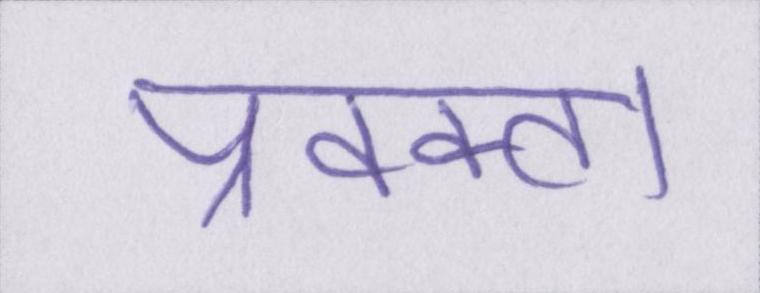
प्रवक्ता